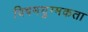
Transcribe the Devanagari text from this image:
विषमयुग्मकता